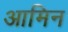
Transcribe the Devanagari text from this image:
आमिन